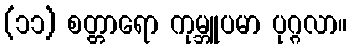
(၁၁) စတ္တာရော ကုမ္ဘူပမာ ပုဂ္ဂလာ။